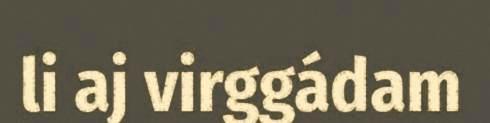
li aj virggádam